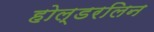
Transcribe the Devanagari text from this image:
होल्डरलिन